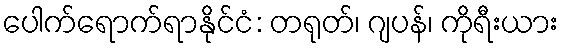
ပေါက်ရောက်ရာနိုင်ငံ: တရုတ်၊ ဂျပန်၊ ကိုရီးယား